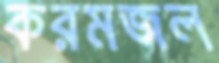
করমজল